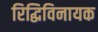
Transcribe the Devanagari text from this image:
रिद्धिविनायक